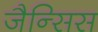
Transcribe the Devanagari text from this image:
जैन्सिस